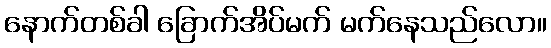
နောက်တစ်ခါ ခြောက်အိပ်မက် မက်နေသည်လော။